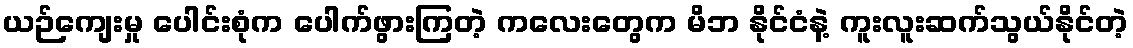
ယဉ်ကျေးမှု ပေါင်းစုံက ပေါက်ဖွားကြတဲ့ ကလေးတွေက မိဘ နိုင်ငံနဲ့ ကူးလူးဆက်သွယ်နိုင်တဲ့